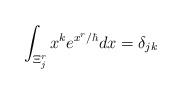
LaTeX: \begin{align*}\int_{\Xi^r_j} x^k e^{x^r/ \hbar} dx = \delta_{jk}\end{align*}